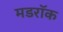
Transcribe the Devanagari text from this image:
मडरॉक